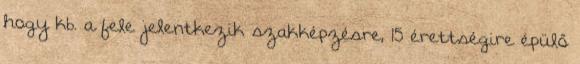
hogy kb. a fele jelentkezik szakképzésre, 15 érettségire épülő